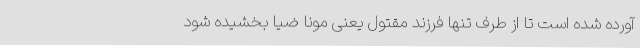
آورده شده است تا از طرف تنها فرزند مقتول یعنی مونا ضیا بخشیده شود